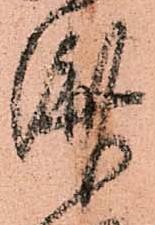
濟